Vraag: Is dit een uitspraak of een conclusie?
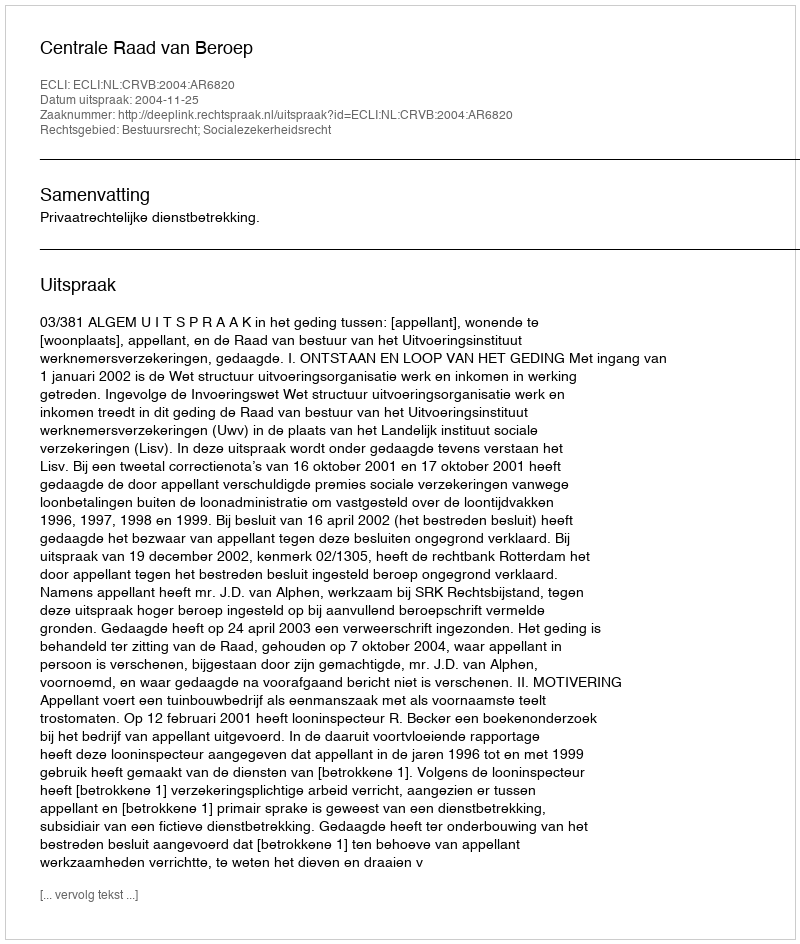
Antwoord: Uitspraak